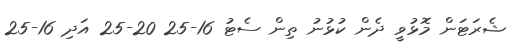
ޝެރަޓަން މޮޅުވީ ދެން ކުޅުނު ތިން ސެޓު 16-25 20-25 އަދި 16-25